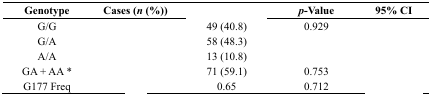
<table><thead><tr><td><b>Genotype</b></td><td><b>Cases (<i>n</i> (%))</b></td><td>[EMPTY_CELL]</td><td><b><i>p</i>-Value</b></td><td><b>95% CI</b></td></tr></thead><tbody><tr><td>G/G</td><td>[EMPTY_CELL]</td><td>49 (40.8)</td><td>0.929</td><td>[EMPTY_CELL]</td></tr><tr><td>G/A</td><td>[EMPTY_CELL]</td><td>58 (48.3)</td><td>[EMPTY_CELL]</td><td>[EMPTY_CELL]</td></tr><tr><td>A/A</td><td>[EMPTY_CELL]</td><td>13 (10.8)</td><td>[EMPTY_CELL]</td><td>[EMPTY_CELL]</td></tr><tr><td>GA + AA *</td><td>[EMPTY_CELL]</td><td>71 (59.1)</td><td>0.753</td><td>[EMPTY_CELL]</td></tr><tr><td>G177 Freq</td><td>[EMPTY_CELL]</td><td>0.65</td><td>0.712</td><td>[EMPTY_CELL]</td></tr></tbody></table>